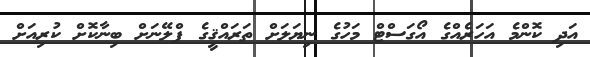
އަދި ކޮންމެ އަހަރެއްގެ އޯގަސްޓް މަހުގެ ނިޔަލަށް ތަރައްޤީގެ ޕްލޭނަށް ބިނާކޮށް ކުރިއަށް